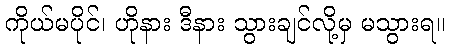
ကိုယ်မပိုင်၊ ဟိုနား ဒီနား သွားချင်လို့မှ မသွားရ။